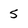
Character: 5